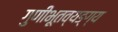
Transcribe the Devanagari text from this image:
गुणीभूतव्यङ्ग्य